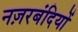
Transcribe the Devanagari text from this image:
नज़रबंदियों